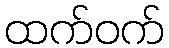
ထက်ဝက်